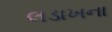
લડાખના